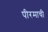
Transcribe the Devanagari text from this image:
पीरमाची